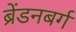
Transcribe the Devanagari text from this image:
ब्रेंडनबर्ग